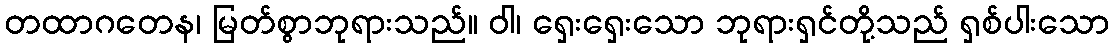
တထာဂတေန၊ မြတ်စွာဘုရားသည်။ ဝါ၊ ရှေးရှေးသော ဘုရားရှင်တို့သည် ရှစ်ပါးသော